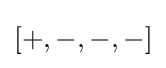
[+,-,-,-]